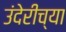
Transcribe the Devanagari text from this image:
उंदेरीच्या